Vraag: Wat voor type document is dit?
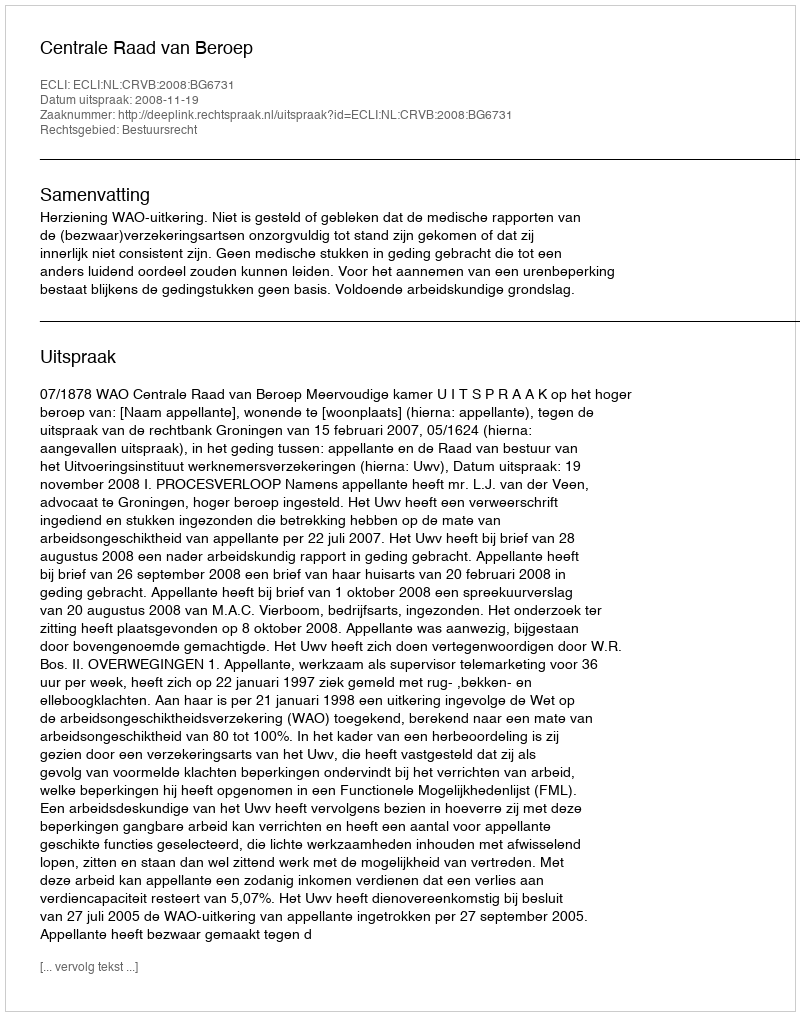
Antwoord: Uitspraak